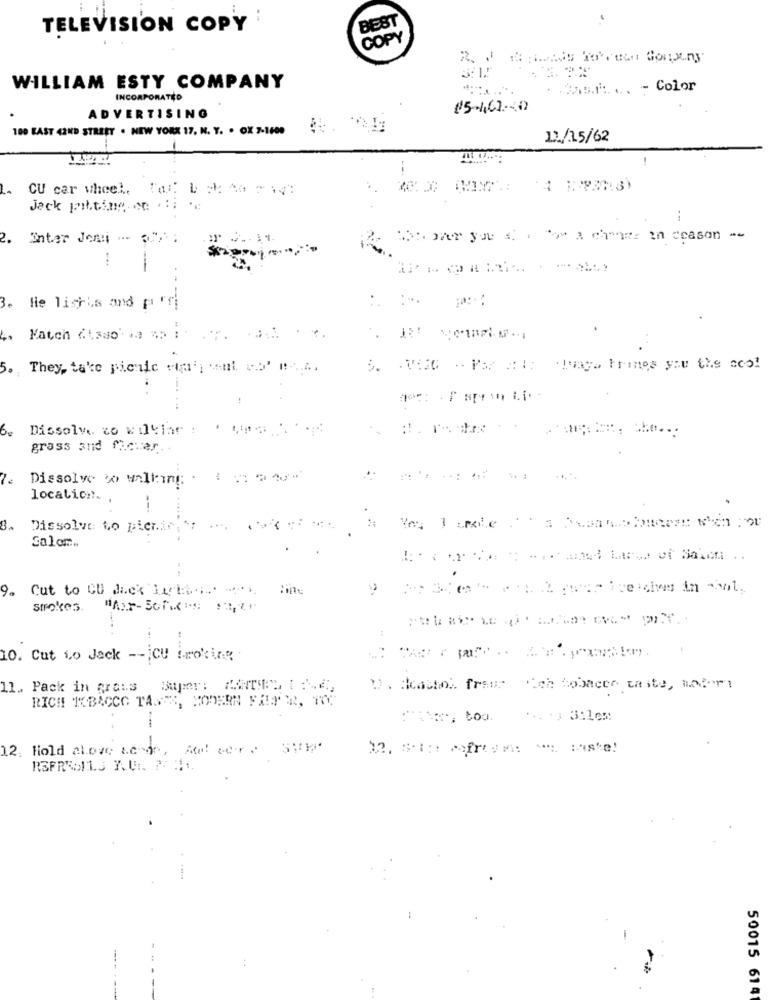
TELEVISION COPY
BEST
COPY
WILLIAM ESTY COMPANY
. ... 5.1. ... - Color
INCORPORATED
15-402-0
ADVERTISING
100 EAST 42ND STREET . NEW YORK 17, N. Y. . OX 7-1600
12/15/62
--
L-
CU car wheel,
Jack pitting . ..
--
2.
Inter Jong --- ...
Shower you af elge a chover in season "-
3.
He lights and porri
..
5.
They, take picnic ta'i want to' m -....
5. THIS . Par ate lungo Fries you the cool
be
Dissolw. co wilkiar : . 4
grass and fichar
Dissolve to walking . = ==
location.
Dissolve to picnic ;*
Salom.
9.
strokes.
10. Cut Lo Jack -- CU froking
11 .. Pack in frais
1. Acastor freue Mich Robacer caste, notory
RICH TOBACCO TASSES, MODERN FALTER, TOP
12. Hold alove to de, Atel cer. 350g
50015 614